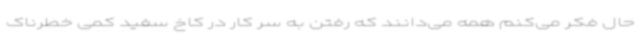
حال فکر می‌کنم همه می‌دانند که رفتن به سر کار در کاخ سفید کمی خطرناک